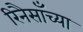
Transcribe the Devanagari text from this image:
रिनैसाँच्या